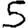
Digit: 5